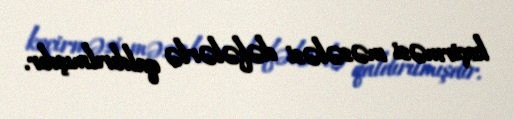
keçirməsi məsələsi dəfələrlə qaldırılmışdır.